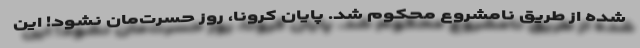
شده از طریق نامشروع محکوم شد. پایان کرونا، روز حسرت‌مان نشود! این